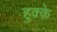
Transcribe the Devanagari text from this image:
हुक़्क़े